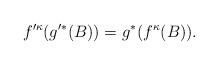
LaTeX: \begin{align*}f^{\prime\kappa}(g^{\prime*}(B)) = g^*(f^\kappa(B)).\end{align*}